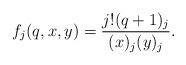
LaTeX: \begin{align*}f_j(q,x,y) = \frac{j! (q+1)_j}{(x)_j (y)_j}.\end{align*}